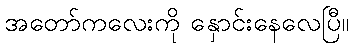
အတော်ကလေးကို နှောင်းနေလေပြီ။